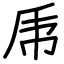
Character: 𠂰